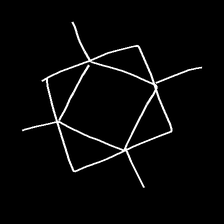
Glyph: light